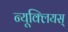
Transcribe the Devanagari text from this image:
न्यूक्लियस्